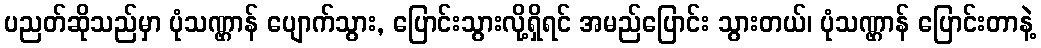
ပညတ်ဆိုသည်မှာ ပုံသဏ္ဌာန် ပျောက်သွား, ပြောင်းသွားလို့ရှိရင် အမည်ပြောင်း သွားတယ်၊ ပုံသဏ္ဌာန် ပြောင်းတာနဲ့